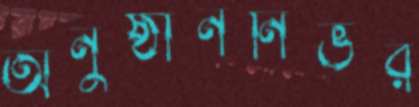
অনুষ্ঠাননির্ভর